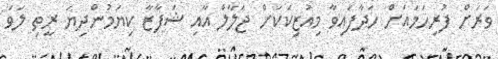
ވަރަށް ފުރިހަމައަށް ހަދާފައިވާ މިއުޒިކަކަށް ޖަލާލް އާއި ޝަފާޒާ ކިޔަމުންދިޔަ ރީތި ލަވަ